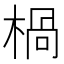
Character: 楇